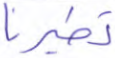
تطيرنا